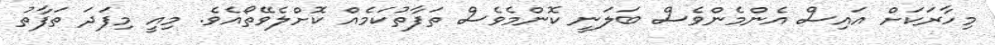
މިހާރަކަށް އައިސް އެންމެންވެސް ބަލަނީ ކޮންމެވެސް ތަފާތުކަމެއް ކޮށްލެވޭތޯއެވެ. މިއީ މިފަދަ ތަފާތު